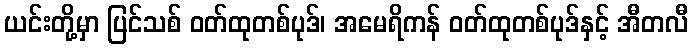
ယင်းတို့မှာ ပြင်သစ် ဝတ်ထုတစ်ပုဒ်၊ အမေရိကန် ဝတ်ထုတစ်ပုဒ်နှင့် အီတလီ